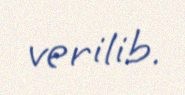
verilib.